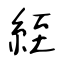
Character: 絰